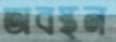
অবস্থন